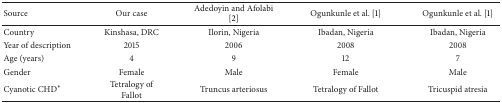
| Source | Our case | Adedoyin and Afolabi [2] | Ogunkunle et al. [1] | Ogunkunle et al. [1] |
 | --- | --- | --- | --- | --- |
 | Country | Kinshasa, DRC | Ilorin, Nigeria | Ibadan, Nigeria | Ibadan, Nigeria |
 | Year of description | 2015 | 2006 | 2008 | 2008 |
 | Age (years) | 4 | 9 | 12 | 7 |
 | Gender | Female | Male | Female | Male |
 | Cyanotic CHD∗ | Tetralogy of Fallot | Truncus arteriosus | Tetralogy of Fallot | Tricuspid atresia |